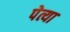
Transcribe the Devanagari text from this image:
पेत्या